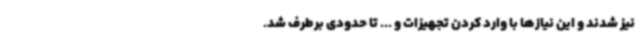
نیز شدند و این نیازها با وارد کردن تجهیزات و ... تا حدودی برطرف شد.